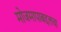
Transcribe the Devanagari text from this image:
मोजमापाबद्दलचा